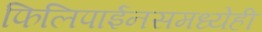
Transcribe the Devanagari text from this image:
फिलिपाईनसमध्येही